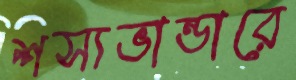
শস্যভান্ডারে